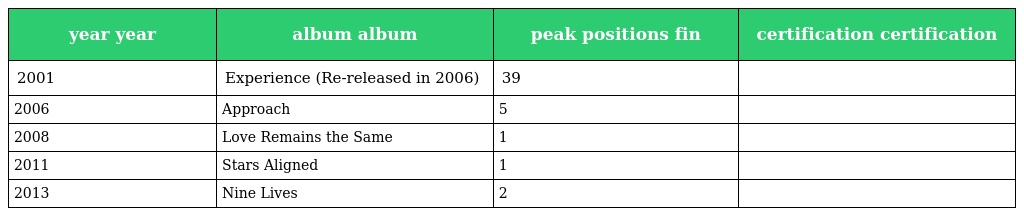
| year year | album album | peak positions fin | certification certification |
 | --- | --- | --- | --- |
 | 2001 | Experience (Re-released in 2006) | 39 |  |
 | 2006 | Approach | 5 |  |
 | 2008 | Love Remains the Same | 1 |  |
 | 2011 | Stars Aligned | 1 |  |
 | 2013 | Nine Lives | 2 |  |